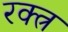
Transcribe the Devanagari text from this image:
रक्त्र